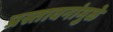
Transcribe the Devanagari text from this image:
प्रस्तावनांमुळे